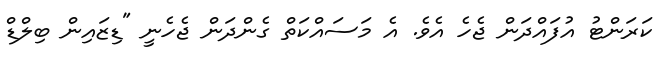
ކަރަންޓު އުފައްދަން ޖެހެ އެވެ. އެ މަސައްކަތް ގެންދަން ޖެހެނީ "ޑިޒައިން ބިލްޑް